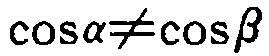
\(\cos\alpha\neq\cos\beta\)